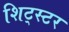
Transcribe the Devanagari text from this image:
शिट्स्टर